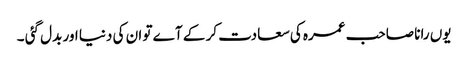
یوں رانا صاحب عمرہ کی سعادت کر کے آے تو ان کی دنیا اور بدل گئی ۔